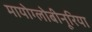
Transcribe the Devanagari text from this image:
मायोग्लोबीनूरिया